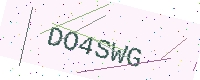
Text: DO4SWG